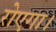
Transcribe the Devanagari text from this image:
रोएगा।